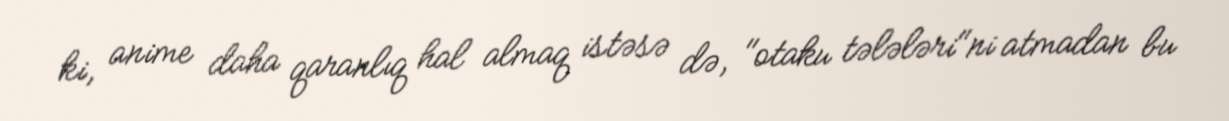
ki, anime daha qaranlıq hal almaq istəsə də, "otaku tələləri"ni atmadan bu